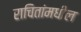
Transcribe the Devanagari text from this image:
राचितांमधील